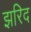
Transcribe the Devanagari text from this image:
झरिद